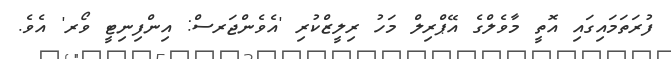
ފުރަތަމައިގައި އޮތީ މާވެލްގެ އޭޕްރިލް މަހު ރިލީޒްކުރި 'އެވެންޖަރސް: އިންފިނިޓީ ވޯރ' އެވެ.